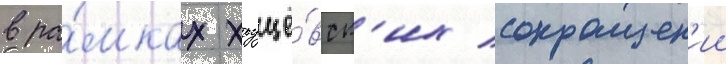
в ра́мках хрущё́вск'их сокращен'ии